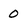
Character: 0